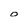
Character: O